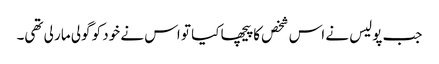
جب پولیس نے اس شخص کا پیچھا کیا تو اس نے خود کو گولی مار لی تھی۔